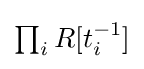
\textstyle \prod _{i}R[t_{i}^{-1}]